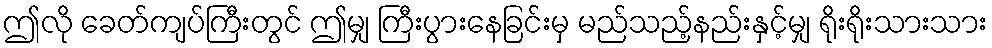
ဤလို ခေတ်ကျပ်ကြီးတွင် ဤမျှ ကြီးပွားနေခြင်းမှ မည်သည့်နည်းနှင့်မျှ ရိုးရိုးသားသား